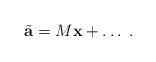
\begin{align*} \tilde{\bf{a}} = M {\bf x} + \ldots \;.\end{align*}